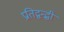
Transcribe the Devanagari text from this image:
प्रतिद्वन्द्धी